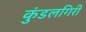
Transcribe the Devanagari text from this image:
कुंडलगिरी